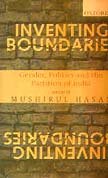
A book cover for Inventing Boundaries: Gender, Politics and the Partition of India; History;